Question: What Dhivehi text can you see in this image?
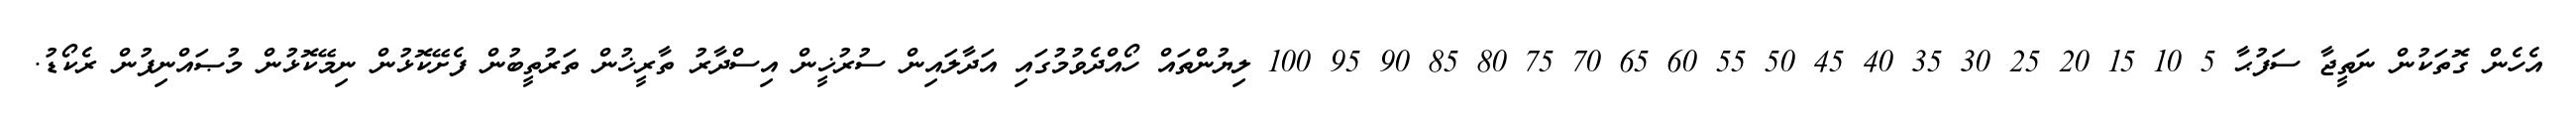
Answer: އެހެން ގޮތަކުން ނަތީޖާ ސަފުޙާ 5 10 15 20 25 30 35 40 45 50 55 60 65 70 75 80 85 90 95 100 ލިޔުންތައް ހޯއްދެވުމުގައި އަދާލައިން ސުރުޚީން އިސްދާރު ތާރީޚުން ތަރުތީބުން ފެށޭކޮޅުން ނިމޭކޮޅުން މުޞައްނިފުން ރެކޯޑު.